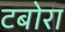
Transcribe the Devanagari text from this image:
टबोरा